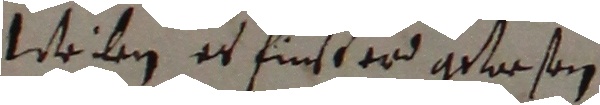
Weilen es finst erd gewesen.